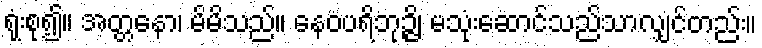
ရုံးစု၍။ အတ္တနော၊ မိမိသည်။ နေဝပရိဘုဉ္ဇိ၊ မသုံးဆောင်သည်သာလျှင်တည်း။